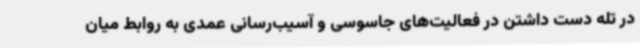
در تله دست داشتن در فعالیت‌های جاسوسی و آسیب‌رسانی عمدی به روابط میان